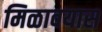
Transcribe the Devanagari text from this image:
मिळावयास